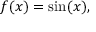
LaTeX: f ( x ) = \sin ( x ) ,